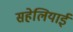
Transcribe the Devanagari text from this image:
सहेलियाई